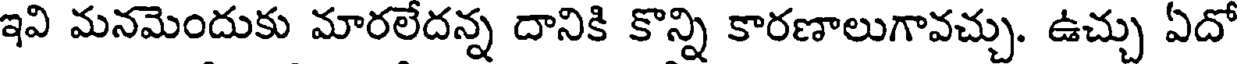
ఇవి మనమెందుకు మారలేదన్న దానికి కొన్ని కారణాలుగావచ్చు. ఉచ్చు ఏదో